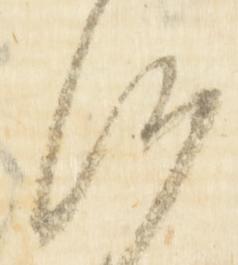
候